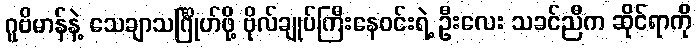
ဂူဗိမာန်နဲ့ သေချာသင်္ဂြိုဟ်ဖို့ ဗိုလ်ချုပ်ကြီးနေဝင်းရဲ့ ဦးလေး သခင်ညီက ဆိုင်ရာကို